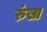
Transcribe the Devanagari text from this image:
रुंखा